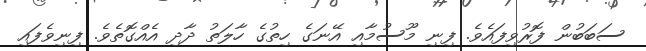
ސަބަބުން ފޮރުވިފައެވެ. ފިނި މޫސުމާއި އޭނަގެ ހިތުގެ ހާލަތު ދާދި އެއްގޮތެވެ. ފިނިވެފައި